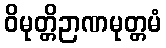
ဝိမုတ္တိဉာဏမုတ္တမံ